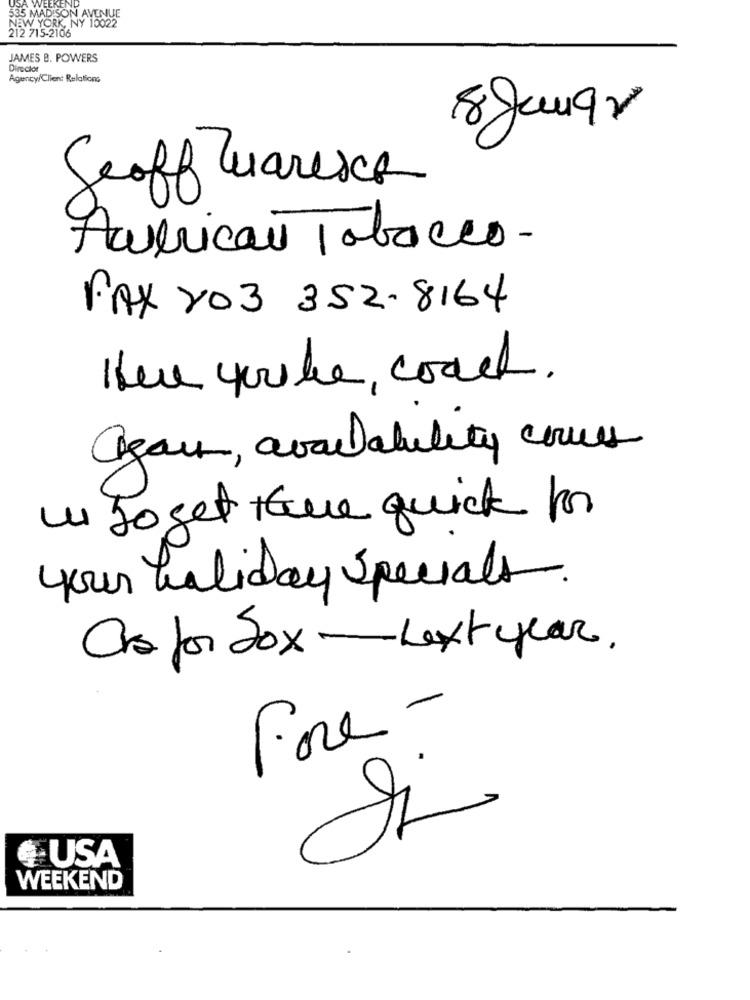
USA
535 MADISON AVENUE
NEW YORK, NY 10022
212 715-2106
JAMES B. POWERS
Director
Agency/Client Relations
Geoff Maresch
American Tobacco-
FAX 203 352- 8164
Ihele you lie, coach.
Azou, availability cruces
LI Toget +Que quick por
your holiday specials.
Crs for Sox -Next year.
Fore-
៛ USA
WEEKEND